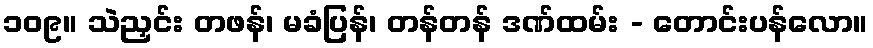
၁၀၉။ သဲညှင်း တဖန်၊ မခံပြန်၊ တန်တန် ဒဏ်ထမ်း - တောင်းပန်လော။